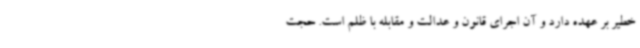
خطیر بر عهده دارد و آن اجرای قانون و عدالت و مقابله با ظلم است. حجت